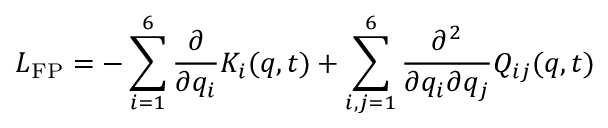
\boldsymbol { L } _ { \mathrm { F P } } = - \sum _ { i = 1 } ^ { 6 } \frac { \partial } { \partial q _ { i } } K _ { i } ( \boldsymbol { q } , t ) + \sum _ { i , j = 1 } ^ { 6 } \frac { \partial ^ { 2 } } { \partial q _ { i } \partial q _ { j } } Q _ { i j } ( \boldsymbol { q } , t )